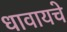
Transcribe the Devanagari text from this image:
धावायचे